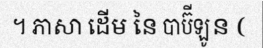
។ ភាសា ដើម នៃ បាប៊ីឡូន (